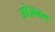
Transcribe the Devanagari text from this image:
ओज़नम